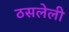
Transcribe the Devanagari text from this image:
ठसलेली